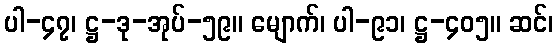
ပါ-၄၇၊ ဋ္ဌ-ဒု-အုပ်-၅၉။ မျောက်၊ ပါ-၉၁၊ ဋ္ဌ-၄၀၅။ ဆင်၊